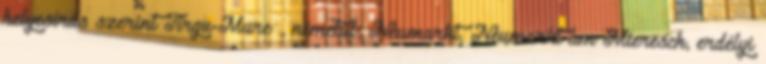
helyesírás szerint Tîrgu-Mureș, németül: Neumarkt, Neumarkt am Mieresch, erdélyi